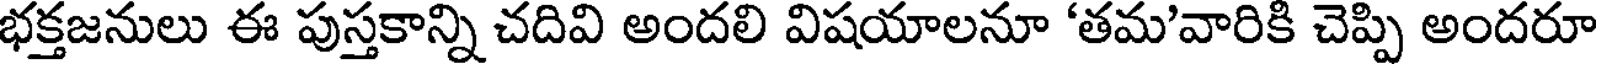
భక్తజనులు ఈ పుస్తకాన్ని చదివి అందలి విషయాలనూ 'తమ'వారికి చెప్పి అందరూ